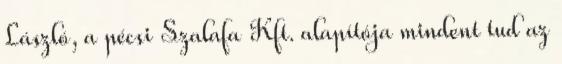
László, a pécsi Szalafa Kft. alapítója mindent tud az